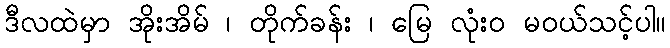
ဒီလထဲမှာ အိုးအိမ် ၊ တိုက်ခန်း ၊ မြေ လုံး၀ မဝယ်သင့်ပါ။